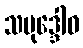
သမုဒ္ဒေါဝ